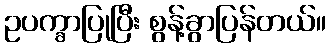
ဥပက္ခာပြုပြီး စွန့်ခွာပြန်တယ်။